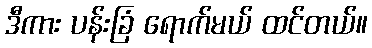
ဒီကား ပန်းခြံ ရောက်မယ် ထင်တယ်။